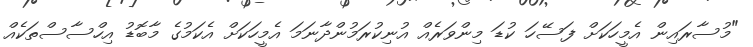
"މުސާރައިން އެމީހަކަށް ފަސޭހަ ކުޑަ މިންވަރެއް އުނިކުރަމުންދާނަމަ އެމީހަކަށް އެކަމުގެ މާބޮޑު އިހްސާސްތަކެއް